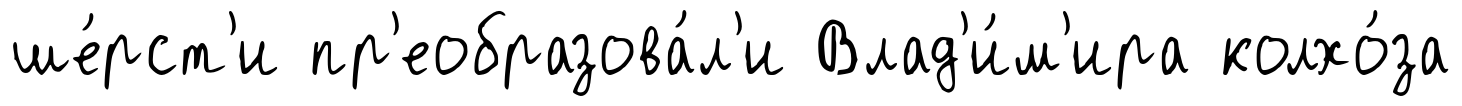
ше́рст'и пр'еобразова́л'и Влад'и́м'ира колхо́за